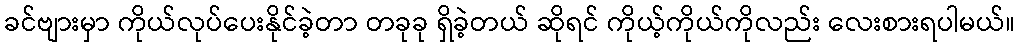
ခင်ဗျားမှာ ကိုယ်လုပ်ပေးနိုင်ခဲ့တာ တခုခု ရှိခဲ့တယ် ဆိုရင် ကိုယ့်ကိုယ်ကိုလည်း လေးစားရပါမယ်။